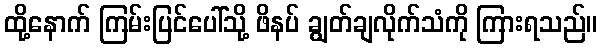
ထို့နောက် ကြမ်းပြင်ပေါ်သို့ ဖိနပ် ချွတ်ချလိုက်သံကို ကြားရသည်။